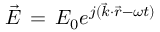
\vec { E } \, = \, E _ { 0 } e ^ { j ( \vec { k } \cdot \vec { r } - \omega t ) }